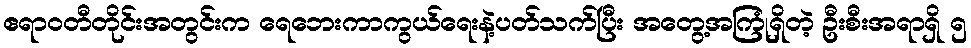
ဧရာဝတီတိုင်းအတွင်းက ရေဘေးကာကွယ်ရေးနဲ့ပတ်သက်ပြီး အတွေ့အကြုံရှိတဲ့ ဦးစီးအရာရှိ ၅